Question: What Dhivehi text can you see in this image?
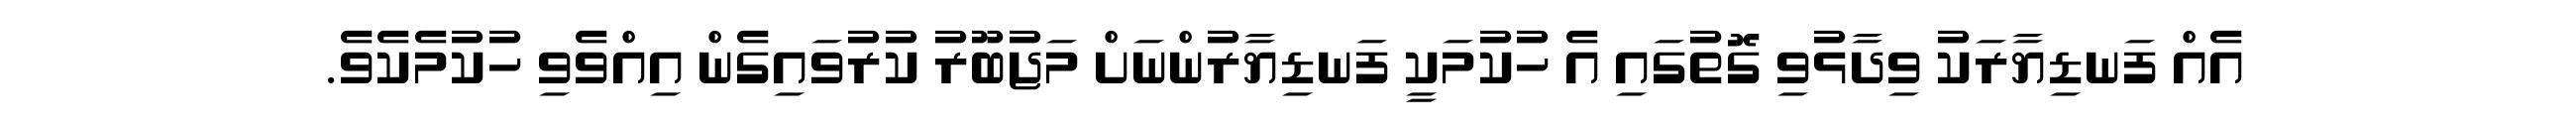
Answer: އެއް ފަނޑިޔާރަކު ވިދާޅުވި ގޮތުގައި އެ ހުކުމަކީ ފަނޑިޔާރުންނަށް މަޖުބޫރު ކުރުވައިގެން އިއްވެވި ހުކުމެކެވެ.